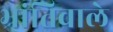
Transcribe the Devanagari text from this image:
भ्रांतिवाले